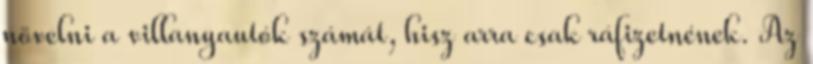
növelni a villanyautók számát, hisz arra csak ráfizetnének. Az